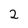
Character: 2